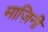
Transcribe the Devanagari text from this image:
माज़िनी